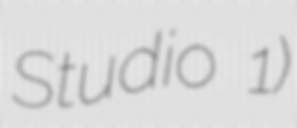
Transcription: Studio 1)